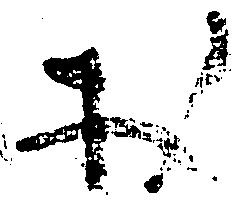
於